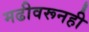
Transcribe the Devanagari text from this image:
मढीवरूनही